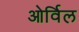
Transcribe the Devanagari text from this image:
ओर्विल